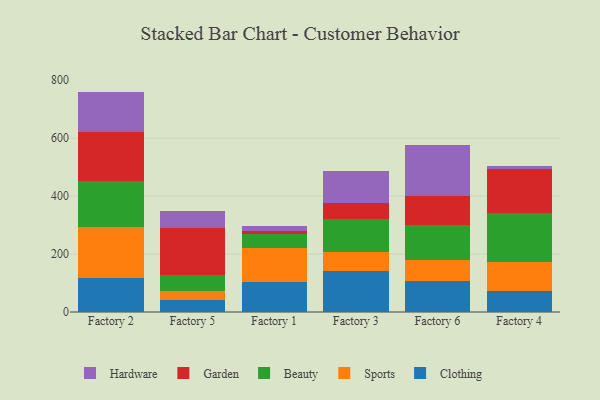
{"axis": {"x": "Factory", "y": "Website Visitors"}, "legend": ["Beauty", "Clothing", "Garden", "Hardware", "Sports"], "data": [{"x": "Factory 2", "y": 117.7, "type": "Clothing"}, {"x": "Factory 2", "y": 177.1, "type": "Sports"}, {"x": "Factory 2", "y": 158.5, "type": "Beauty"}, {"x": "Factory 2", "y": 167.3, "type": "Garden"}, {"x": "Factory 2", "y": 139.9, "type": "Hardware"}, {"x": "Factory 5", "y": 40.1, "type": "Clothing"}, {"x": "Factory 5", "y": 32.7, "type": "Sports"}, {"x": "Factory 5", "y": 53.6, "type": "Beauty"}, {"x": "Factory 5", "y": 165.0, "type": "Garden"}, {"x": "Factory 5", "y": 57.6, "type": "Hardware"}, {"x": "Factory 1", "y": 103.5, "type": "Clothing"}, {"x": "Factory 1", "y": 115.8, "type": "Sports"}, {"x": "Factory 1", "y": 48.8, "type": "Beauty"}, {"x": "Factory 1", "y": 12.8, "type": "Garden"}, {"x": "Factory 1", "y": 16.6, "type": "Hardware"}, {"x": "Factory 3", "y": 141.4, "type": "Clothing"}, {"x": "Factory 3", "y": 66.3, "type": "Sports"}, {"x": "Factory 3", "y": 113.4, "type": "Beauty"}, {"x": "Factory 3", "y": 53.9, "type": "Garden"}, {"x": "Factory 3", "y": 111.7, "type": "Hardware"}, {"x": "Factory 6", "y": 105.7, "type": "Clothing"}, {"x": "Factory 6", "y": 74.0, "type": "Sports"}, {"x": "Factory 6", "y": 118.9, "type": "Beauty"}, {"x": "Factory 6", "y": 101.5, "type": "Garden"}, {"x": "Factory 6", "y": 176.9, "type": "Hardware"}, {"x": "Factory 4", "y": 72.9, "type": "Clothing"}, {"x": "Factory 4", "y": 100.5, "type": "Sports"}, {"x": "Factory 4", "y": 168.2, "type": "Beauty"}, {"x": "Factory 4", "y": 150.8, "type": "Garden"}, {"x": "Factory 4", "y": 10.5, "type": "Hardware"}]}